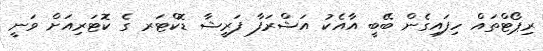
ރިޕޯޓްތައް ހިފައިގެން ބޭބީ އާއެކު އަޝްރަފާ ފަރީޝާ ޑޮކްޓަރ ގެ ކޮޓަރިއަށް ވަނީ